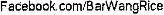
FACEBOOK.COM/BARWANGRICE